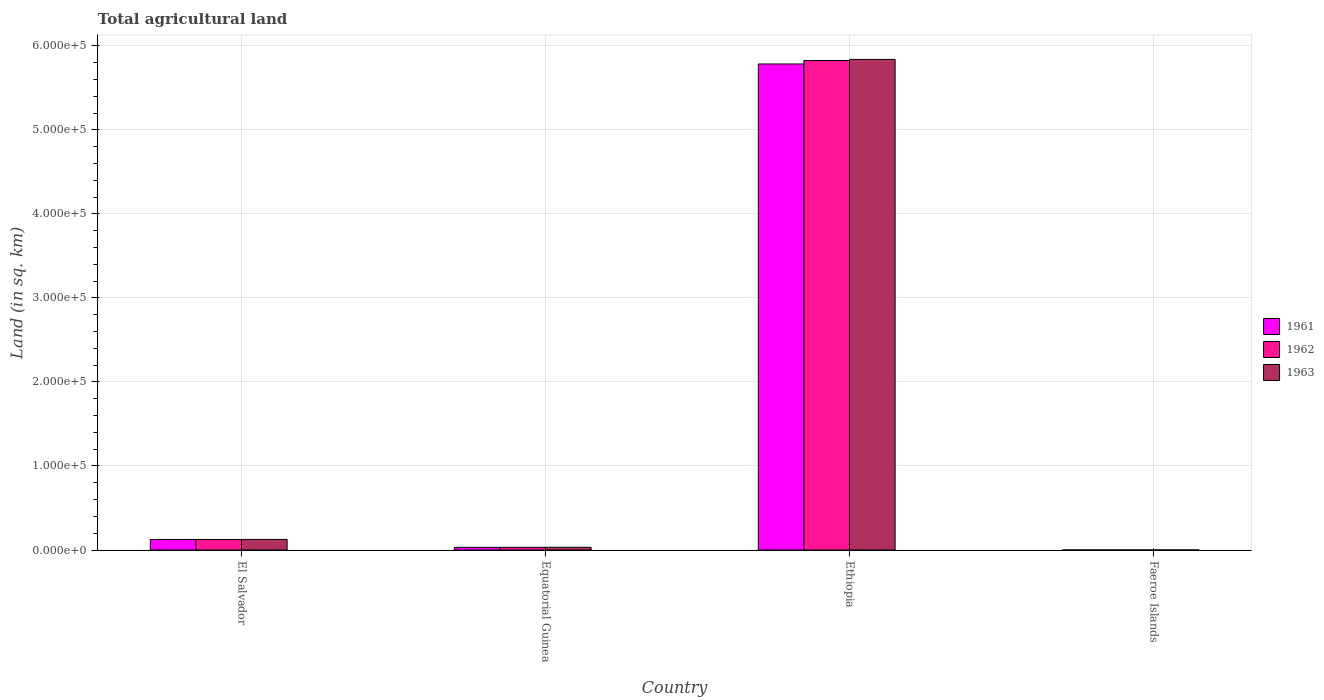
| Country | 1961 | 1962 | 1963 |
 | --- | --- | --- | --- |
 | El Salvador | 1.25e+04 | 1.25e+04 | 1.26e+04 |
 | Equatorial Guinea | 3.14e+03 | 3.19e+03 | 3.24e+03 |
 | Ethiopia | 5.78e+05 | 5.82e+05 | 5.84e+05 |
 | Faeroe Islands | 30 | 30 | 30 |